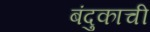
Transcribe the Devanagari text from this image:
बंदुकाची